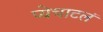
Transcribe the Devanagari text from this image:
प्येचाटलं